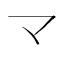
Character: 龴